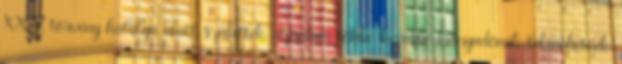
XXII. törvény hatálya alatt születtek, azonban többé-kevésbé irányadónak tekinthetőek